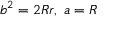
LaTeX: b ^ { 2 } = 2 R r , \; a = R